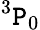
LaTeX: {^3}\mathtt{P}_{0}